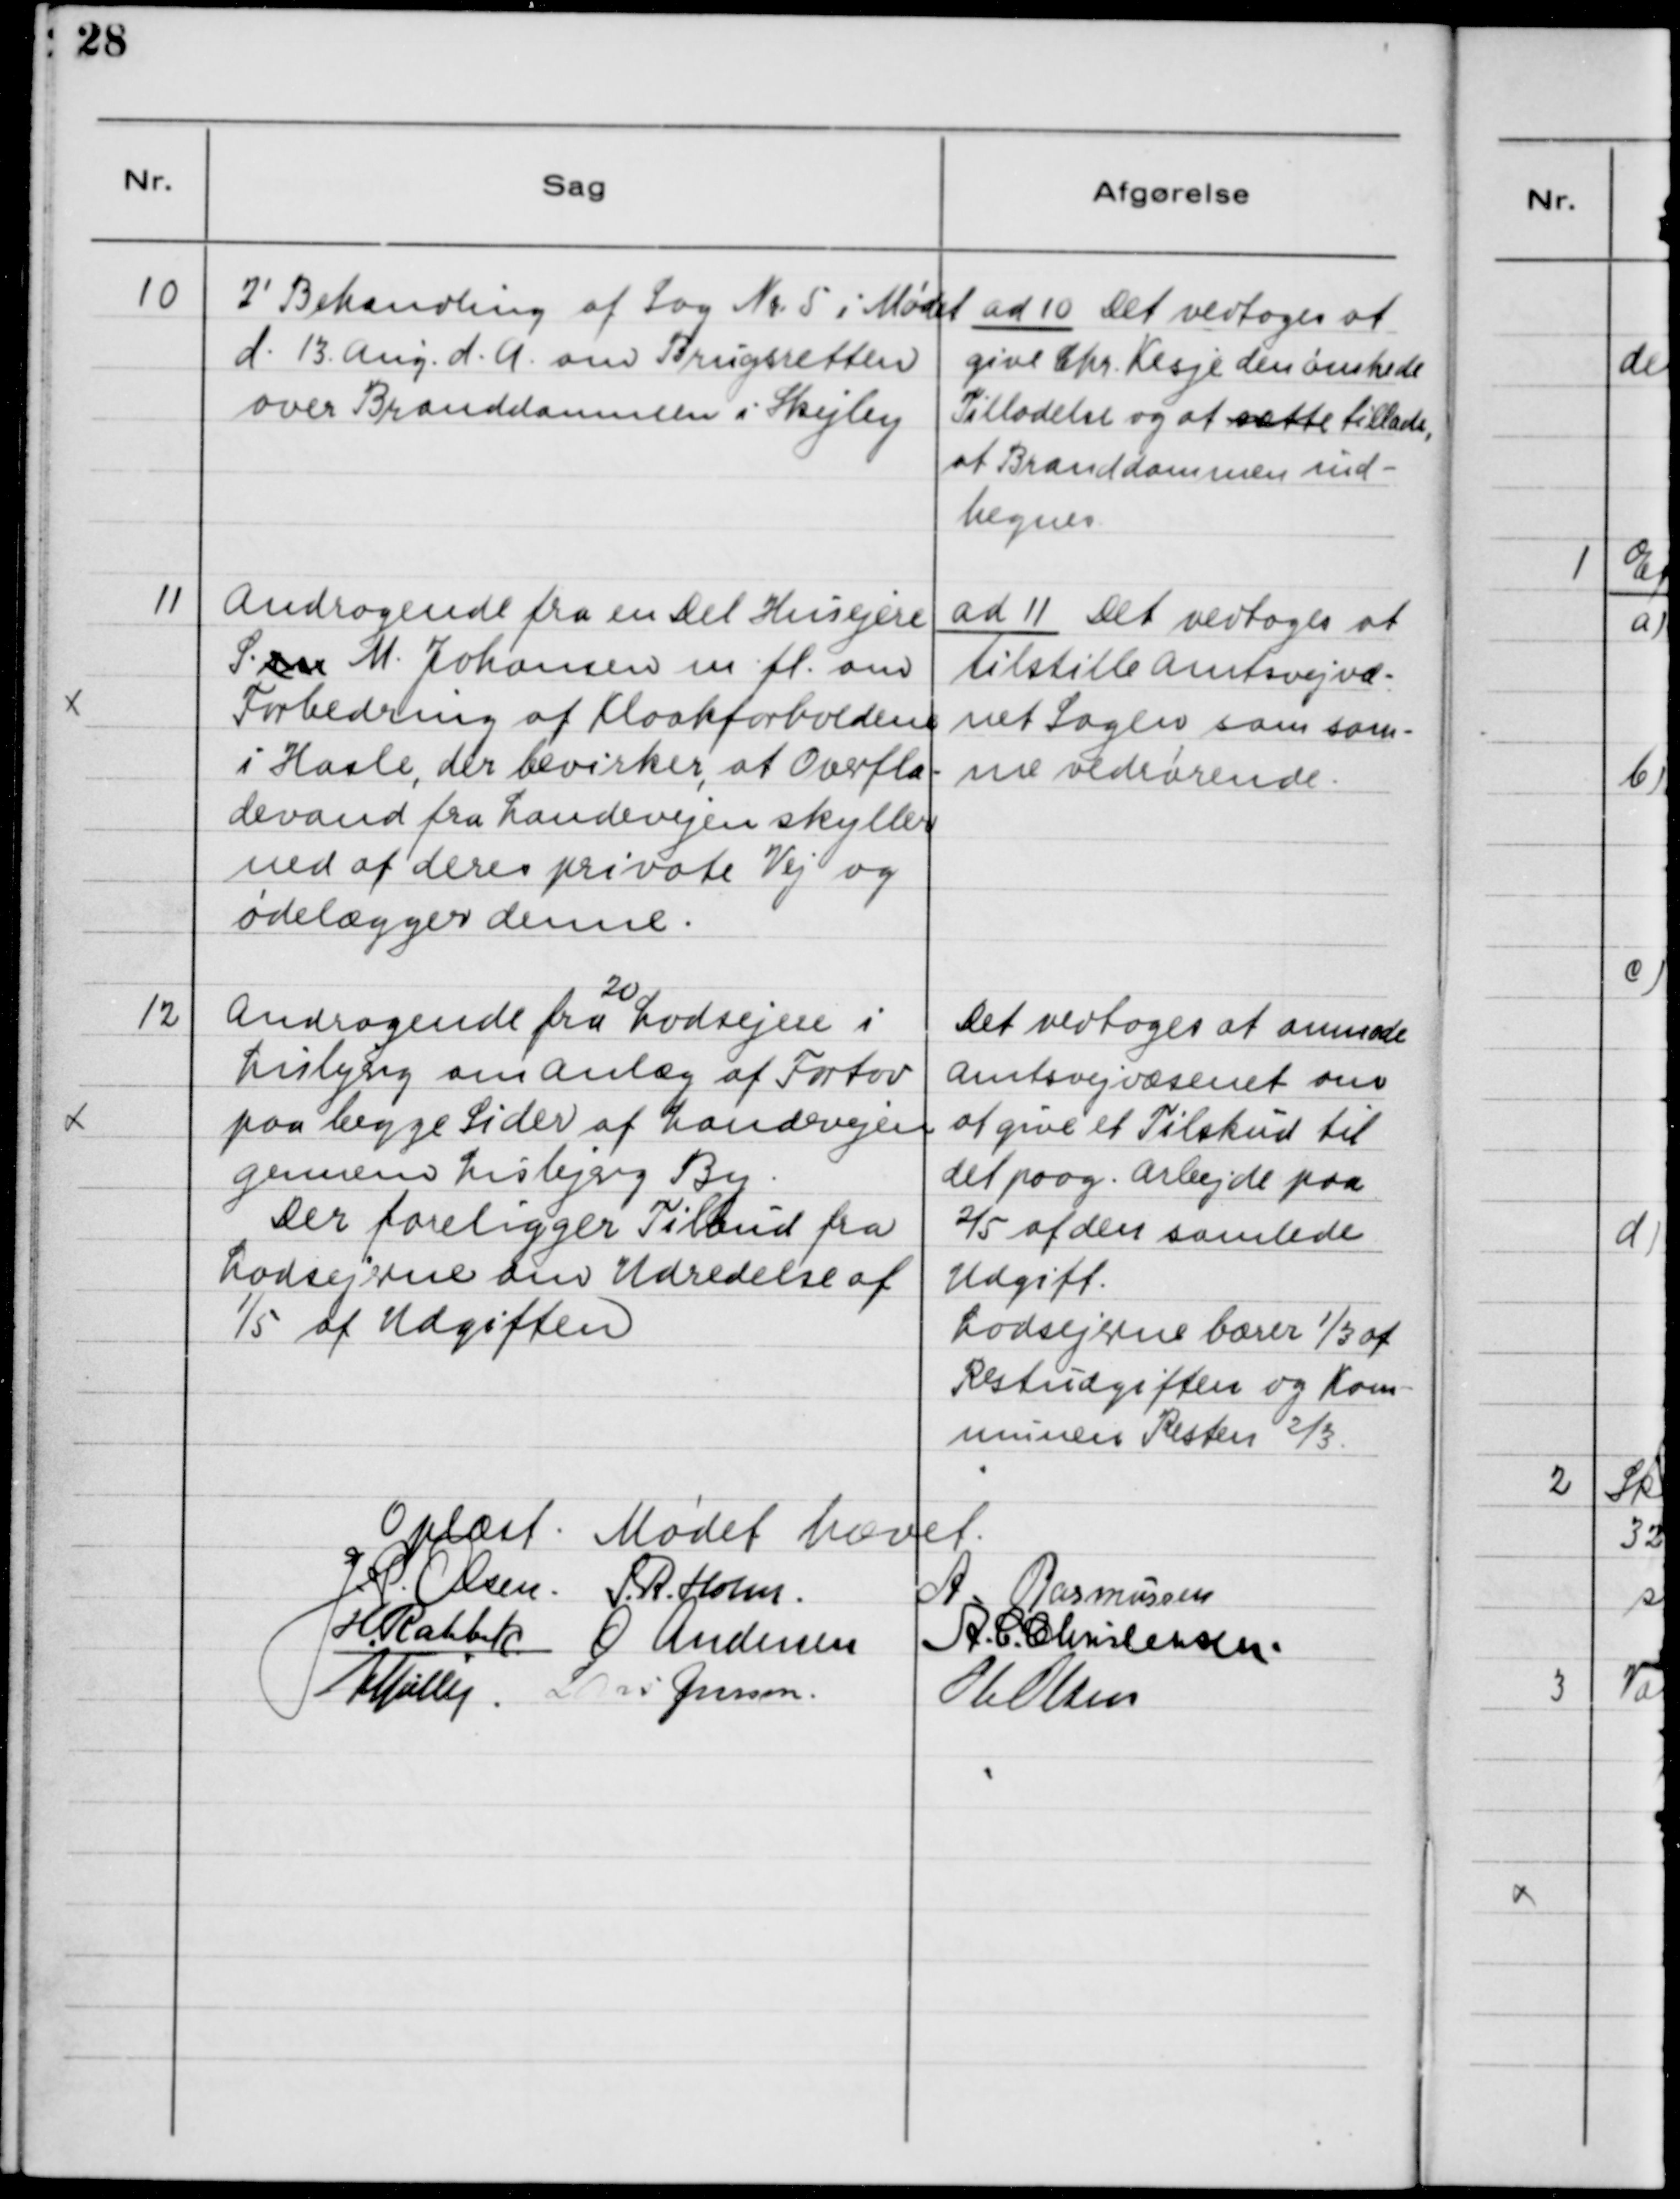
Transskription:
10

2' Behandling af Sag Nr. 5 i Mødet 
d. 13. Aug. d.A. om Brugsretten
over Branddammen i Skejby.

ad 10. Det vedtoges at
give Chr. Kesje den ønskede 
Tilladelse og at sætte tillade, 
at Branddammen ind-
hegnes

11

Andragende fra en Del Husejere
S.an M. Johansen m.fl. om
Forbedring af Kloakforholdene
i Hasle, der bevirker, at Overfla-
devang fra Landevejen skyller
ned ad deres private Vej og
ødelægger denne.

ad 11. Det vedtoges at
tilstille Amtsvejvæs-
net Sagen som sam-
me vedrørende

12

Andragende fra Lodsejere i
20
Lisbjerg om Anlæg af Fortov
paa begge Sider af Landevejen 
gennem Lisbjerg By.
Der foreligger Tilbud fra
Lodsejerne om Udredelse af'
1/5 af Udgiften.

Det vedtoges at anmode
Amtsvejvæsenet om
at give et Tilbud til
det paag. Arbejde paa
2/5 af den samlede
Udgift.
Lodsejerne bærer 1/3 af
Restudgifterne og Kom-
munen Resten 2/3

Oplæst. Mødet hævet